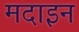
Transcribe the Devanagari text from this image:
मदाइन